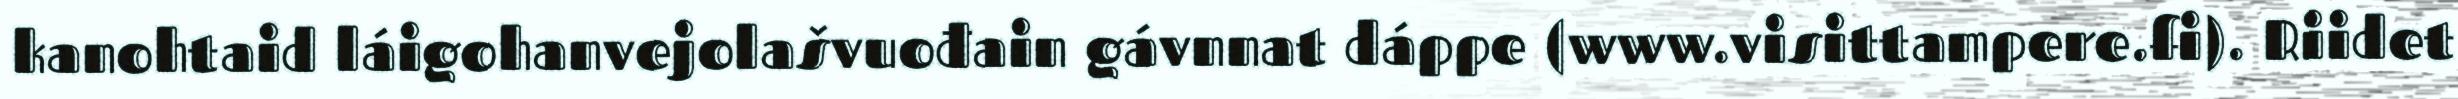
kanohtaid láigohanvejolašvuođain gávnnat dáppe (www.visittampere.fi). Riidet